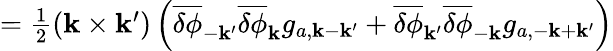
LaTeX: \begin{array}{r}{=\frac{1}{2}({\mathbf k}\times{\mathbf k}^{\prime})\left(\overline{{\delta\phi}}_{-{\mathbf k}^{\prime}}\overline{{\delta\phi}}_{\mathbf k}g_{a,{\mathbf k}-{\mathbf k}^{\prime}}+\overline{{\delta\phi}}_{{\mathbf k}^{\prime}}\overline{{\delta\phi}}_{-\mathbf k}g_{a,{-\mathbf k}+{\mathbf k}^{\prime}}\right)}\end{array}